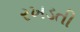
રખડતી